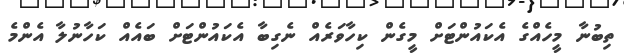
ތިބުނާ މީހެއްގެ އެކައުންޓަށް މީގެން ކިހާވަރެއް ނެގިބާ އެކައުންޓަށް ބައެއް ކަހާނުލާ އެންމެ